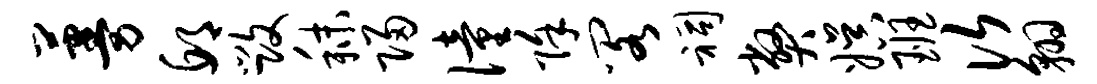
蔓邱毁秣归僮除阁祠弊娱班次翱